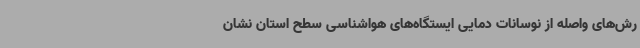
رش‌های واصله از نوسانات دمایی ایستگاه‌های هواشناسی سطح استان نشان